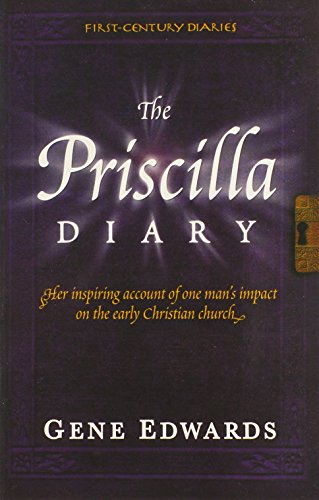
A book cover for The Priscilla Diary (First-Century Diaries (Seedsowers)); Gene Edwards; Christian Books & Bibles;